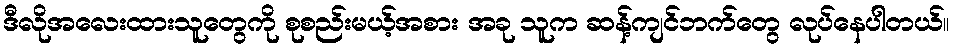
ဒီလိုအလေးထားသူတွေကို စုစည်းမယ့်အစား အခု သူက ဆန့်ကျင်ဘက်တွေ လုပ်နေပါတယ်။